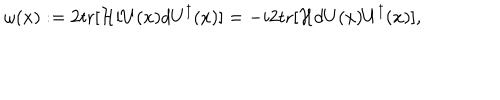
\omega ( x ) : = 2 \mathrm { t r } [ { \cal H } i U ( x ) d U ^ { \dagger } ( x ) ] = - i 2 \mathrm { t r } [ { \cal H } d U ( x ) U ^ { \dagger } ( x ) ] ,